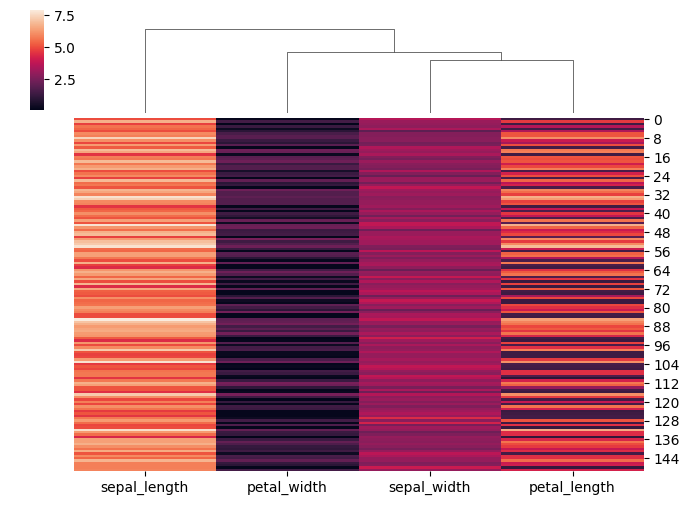
python, seaborn, clustermap, figsize=(7, 5), row_cluster=False, dendrogram_ratio=(0.1, 0.2), cbar_pos=(0.05, 0.8, 0.02, 0.2)